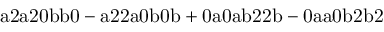
\mathrm { a 2 a 2 0 b b 0 - a 2 2 a 0 b 0 b + 0 a 0 a b 2 2 b - 0 a a 0 b 2 b 2 }